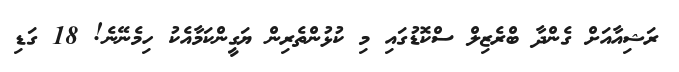
ރަޝިއާއަށް ގެންދާ ބްރެޒިލް ސްކޮޑުގައި މި ކުޅުންތެރިން ޔަގީންކަމާއެކު ހިމެނޭނެ! 18 ގަޑި